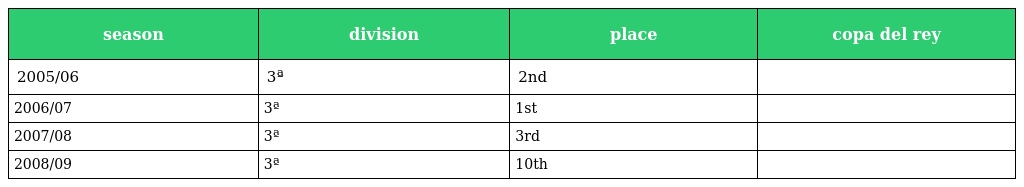
| season | division | place | copa del rey |
 | --- | --- | --- | --- |
 | 2005/06 | 3ª | 2nd |  |
 | 2006/07 | 3ª | 1st |  |
 | 2007/08 | 3ª | 3rd |  |
 | 2008/09 | 3ª | 10th |  |